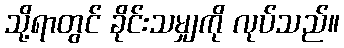
သို့ရာတွင် ခိုင်းသမျှကို လုပ်သည်။